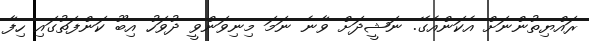
ރައްޔިތުންނަށް އެކަންއެގޭ. ނަޝީދަށް ވާނެ ނަމަ މިނިވަންވީ ދުވަހު އިބޫ ކަންފަތުގައި ހިފާ